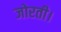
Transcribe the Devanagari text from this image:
जोरती।